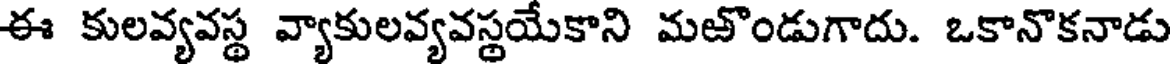
ఈ కులవ్యవస్థ వ్యాకులవ్యవస్థయేకాని మఱొండుగాదు. ఒకానొకనాడు